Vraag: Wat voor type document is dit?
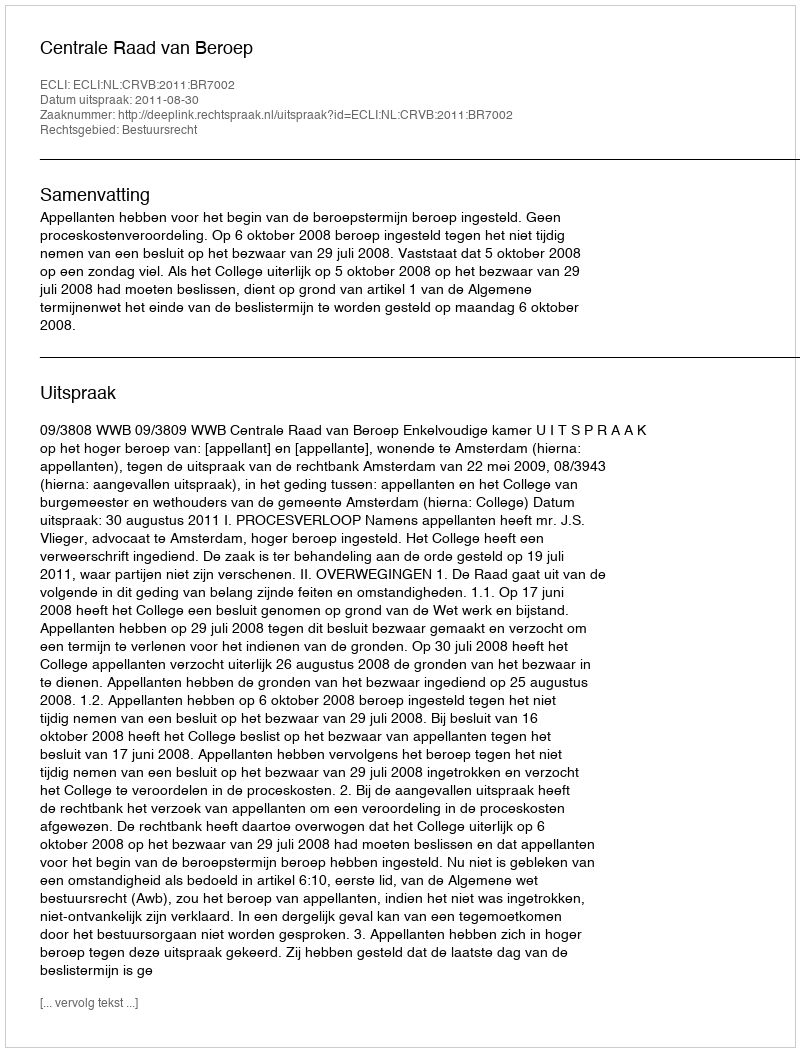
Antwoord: Uitspraak